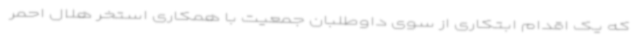
که یک اقدام ابتکاری از سوی داوطلبان جمعیت با همکاری استخر هلال احمر